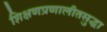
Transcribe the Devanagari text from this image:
शिक्षणप्रणालीतसुद्धा